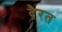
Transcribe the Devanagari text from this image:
दैरत